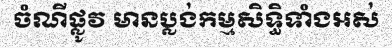
ចំណីផ្លូវ មានប្លង់កម្មសិទ្ធិទាំងអស់